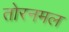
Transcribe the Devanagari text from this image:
तोरनमल